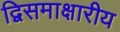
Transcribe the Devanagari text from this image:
द्विसमाक्षारीय